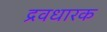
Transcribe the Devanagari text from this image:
द्रवधारक